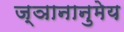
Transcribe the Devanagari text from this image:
ज्ञानानुमेय